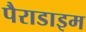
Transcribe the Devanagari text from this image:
पैराडाइम